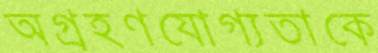
অগ্রহণযোগ্যতাকে